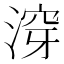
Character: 𱶿